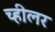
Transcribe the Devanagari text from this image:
च्हीलर